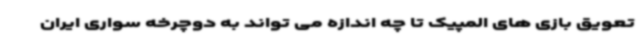
تعویق بازی های المپیک تا چه اندازه می تواند به دوچرخه سواری ایران